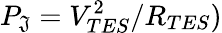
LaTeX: P_{\mathfrak{J}}=V_{TES}^{2}/R_{TES})